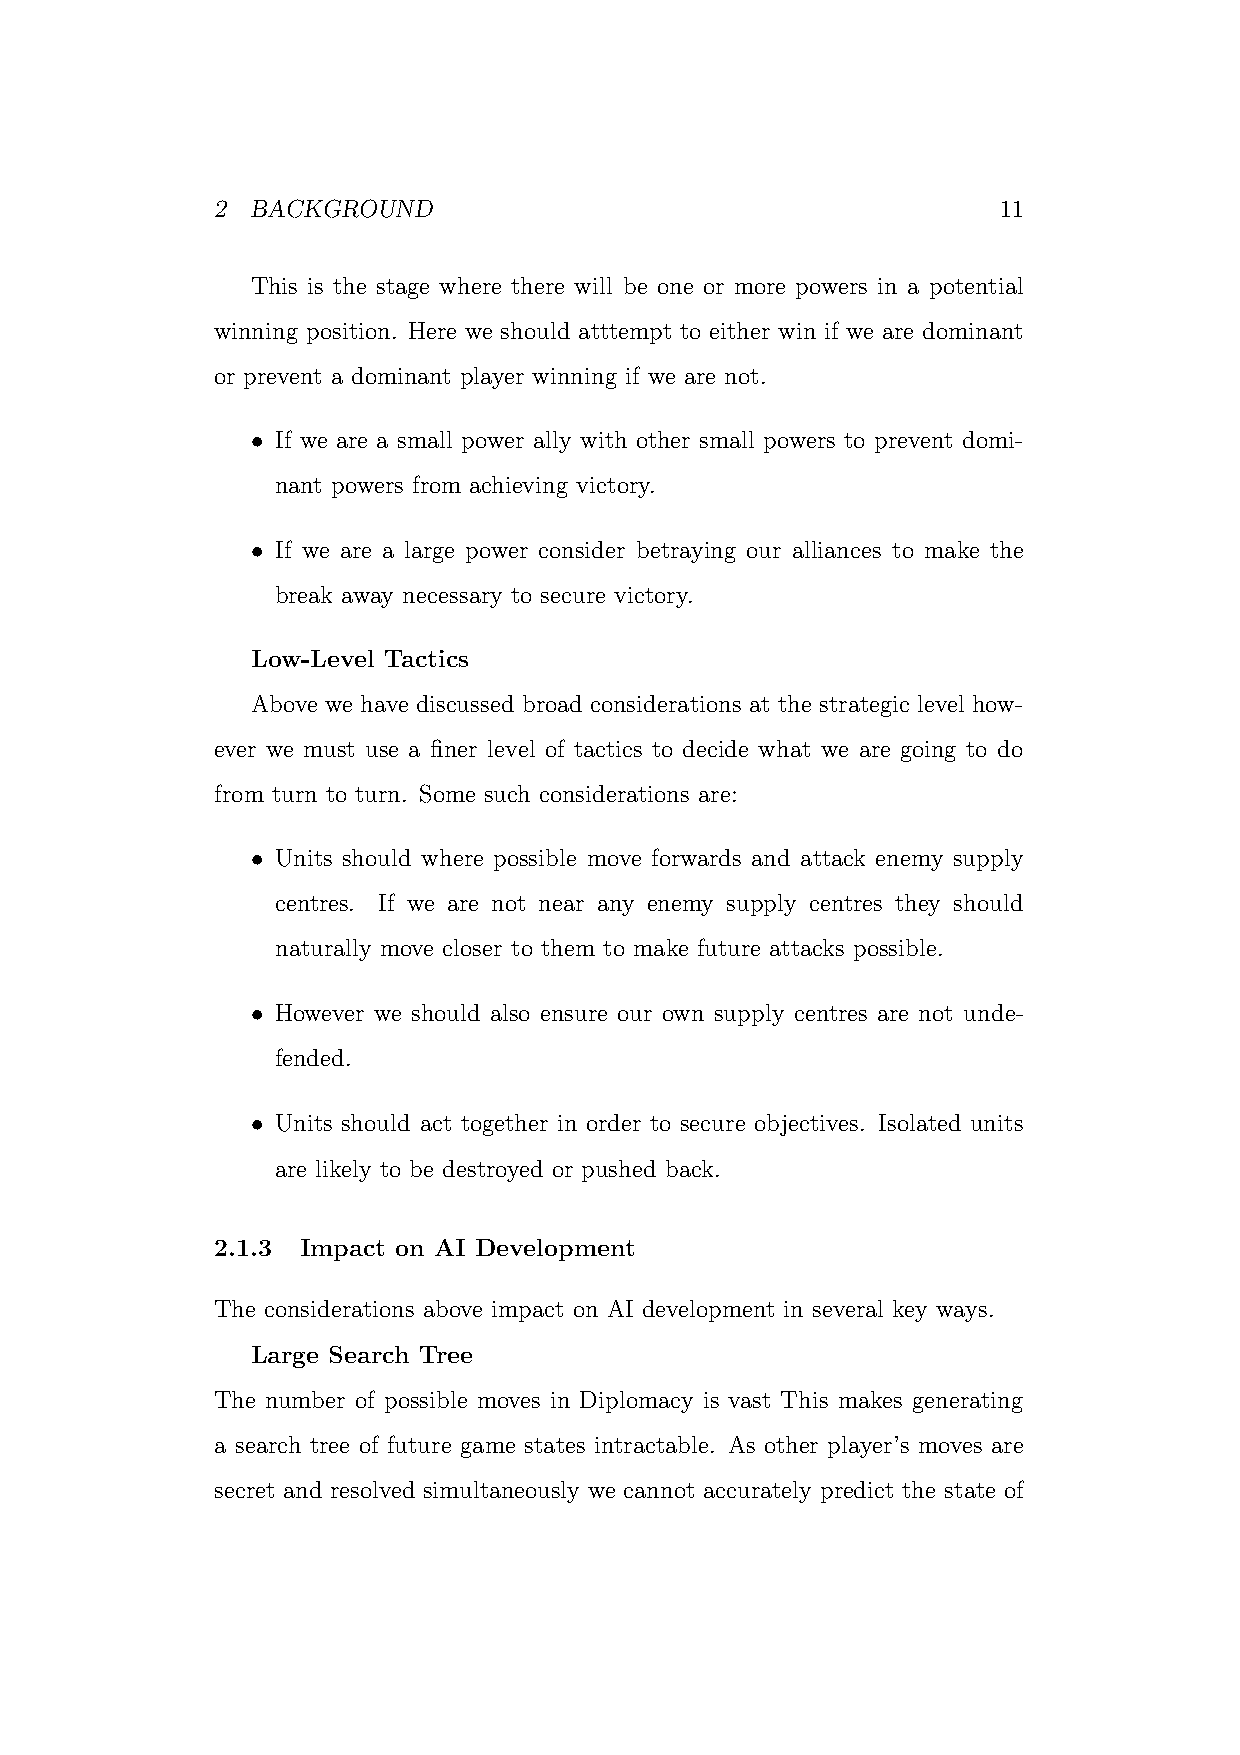
2  BACKGROUND                                       11
 This is the stage where there will be one or more powers in a potential
 winning position. Here we should atttempt to either win if we are dominant
 or prevent a dominant player winning if we are not.
 • If we are a small power ally with other small powers to prevent domi-
 nant powers from achieving victory.
 • If we are a large power consider betraying our alliances to make the
 break away necessary to secure victory.
 Low-Level Tactics
 Above we have discussed broad considerations at the strategic level how-
 ever we must use a finer level of tactics to decide what we are going to do
 from turn to turn. Some such considerations are:
 • Units should where possible move forwards and attack enemy supply
 centres. If we are not near any enemy supply centres they should
 naturally move closer to them to make future attacks possible.
 • However we should also ensure our own supply centres are not unde-
 fended.
 • Units should act together in order to secure objectives. Isolated units
 are likely to be destroyed or pushed back.
 2.1.3 Impact on AI Development
 The considerations above impact on AI development in several key ways.
 Large Search Tree
 The number of possible moves in Diplomacy is vast This makes generating
 a search tree of future game states intractable. As other player’s moves are
 secret and resolved simultaneously we cannot accurately predict the state of